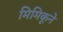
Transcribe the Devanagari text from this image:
मिमिकूने